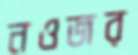
নওজর